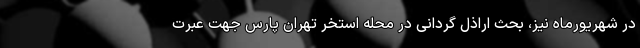
در شهریورماه نیز، بحث اراذل گردانی در محله استخر تهران پارس جهت عبرت